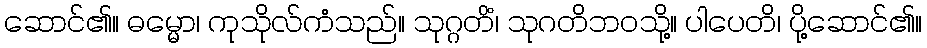
ဆောင်၏။ ဓမ္မော၊ ကုသိုလ်ကံသည်။ သုဂ္ဂတိံ၊ သုဂတိဘဝသို့။ ပါပေတိ၊ ပို့ဆောင်၏။